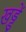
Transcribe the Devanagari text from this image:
खड्डें